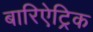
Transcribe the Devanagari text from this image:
बारिऐट्रिक